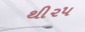
થી૨૫